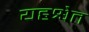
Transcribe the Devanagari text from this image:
यहश्वेत